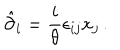
\hat { \partial } _ { i } = \displaystyle { \frac { i } { \theta } } \epsilon _ { i j } x _ { j } \, .